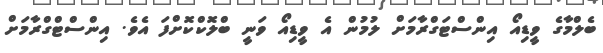
ބެލްމާގެ ވީޑިއޯ އިންސްޓަގްރާމަށް ލުމުން އެ ވީޑިއޯ ވަނީ ބްލޮކްކޮށްފަ އެވެ. އިންސްޓްގްރާމަށް